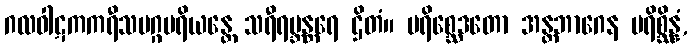
ဂလဝါဋကကရီသမဂ္ဂပရိယန္တေ သရီရဗ္ဘန္တရေ ဌိတံ။ ပရိစ္ဆေဒတော အန္တဘာဂေန ပရိစ္ဆိန္နံ,